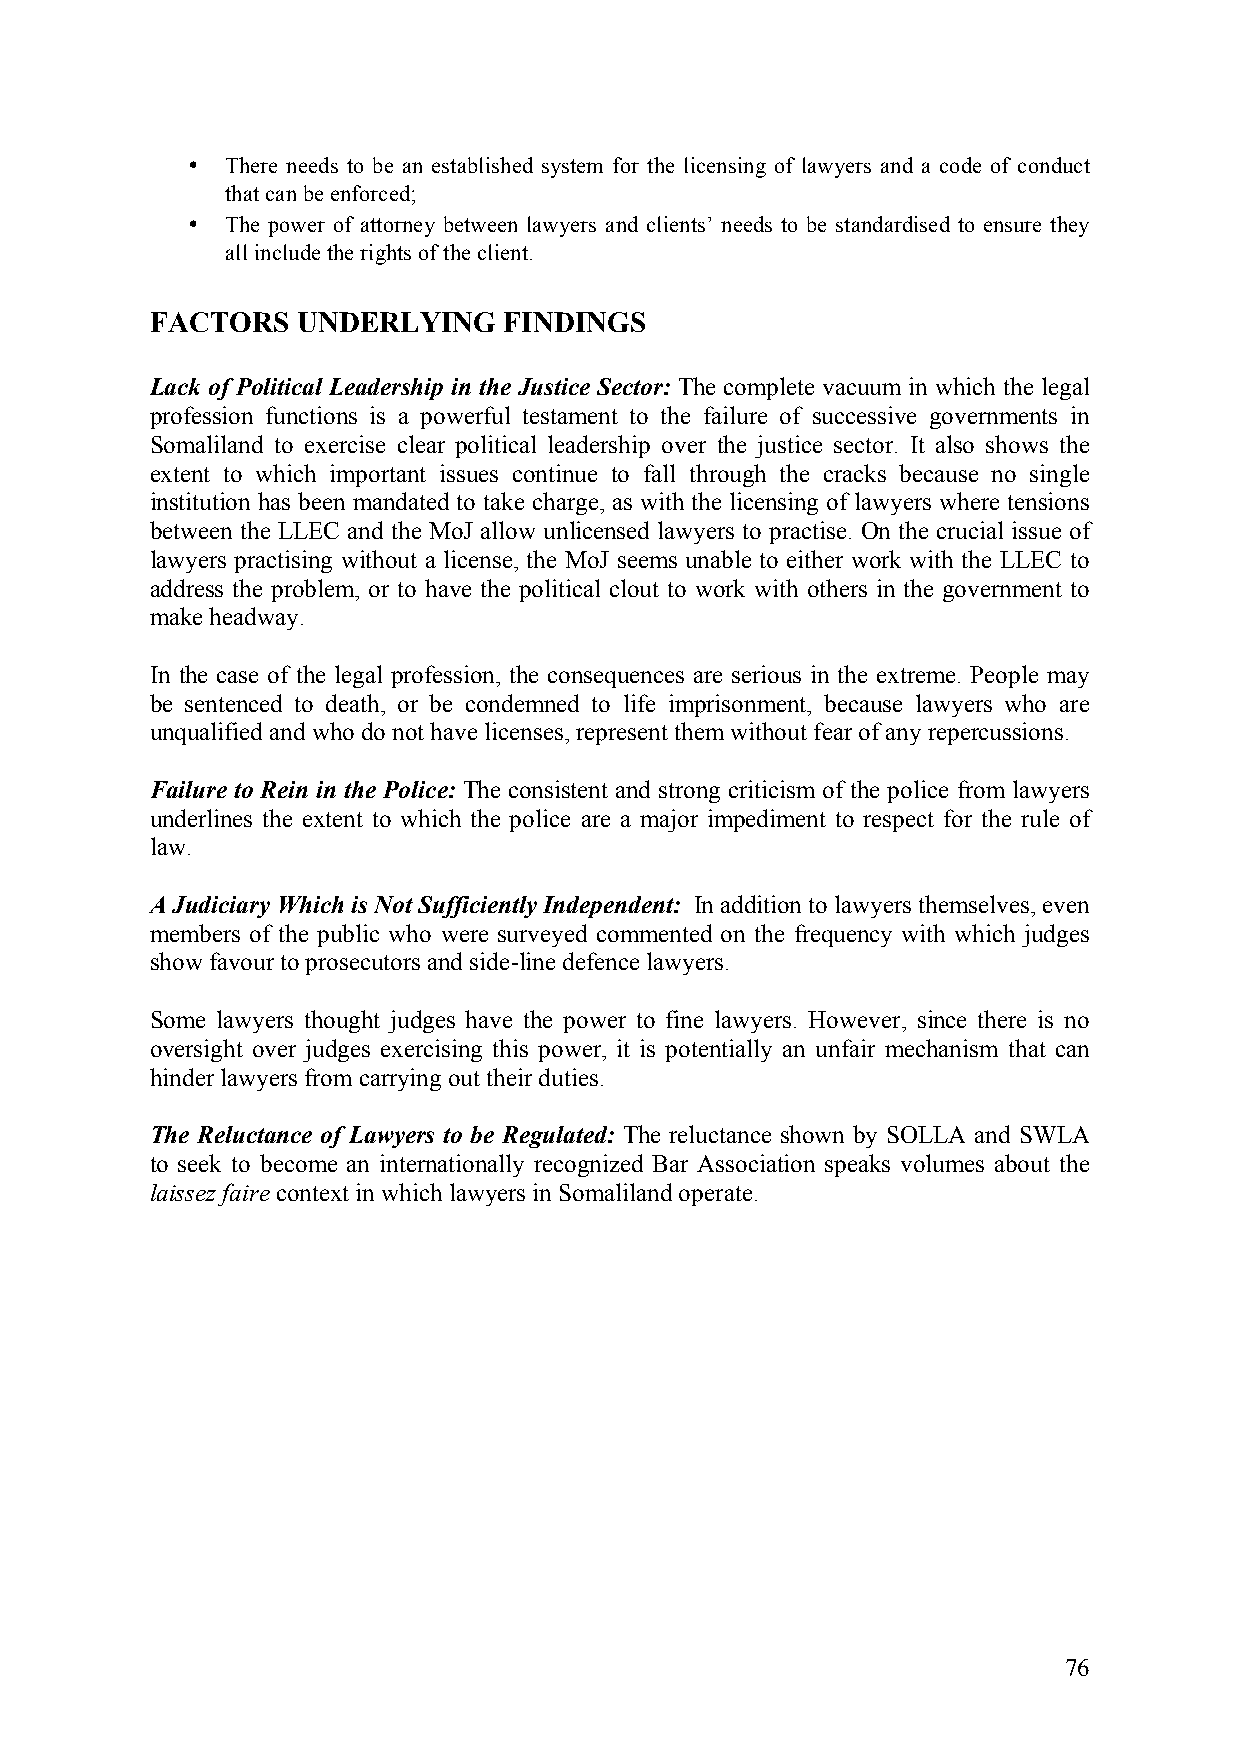
•  There needs to be an established system for the licensing of lawyers and a code of conduct
 that can be enforced;
 •  The power of attorney between lawyers and clients’ needs to be standardised to ensure they
 all include the rights of the client.
 FACTORS   UNDERLYING   FINDINGS
 Lack of Political Leadership in the Justice Sector: The complete vacuum in which the legal
 profession functions is a powerful testament to the failure of successive governments in
 Somaliland to exercise clear political leadership over the justice sector. It also shows the
 extent to which important issues continue to fall through the cracks because no single
 institution has been mandated to take charge, as with the licensing of lawyers where tensions
 between the LLEC and the MoJ allow unlicensed lawyers to practise. On the crucial issue of
 lawyers practising without a license, the MoJ seems unable to either work with the LLEC to
 address the problem, or to have the political clout to work with others in the government to
 make headway.
 In the case of the legal profession, the consequences are serious in the extreme. People may
 be sentenced to death, or be condemned to life imprisonment, because lawyers who are
 unqualified and who do not have licenses, represent them without fear of any repercussions.
 Failure to Rein in the Police: The consistent and strong criticism of the police from lawyers
 underlines the extent to which the police are a major impediment to respect for the rule of
 law.
 A Judiciary Which is Not Sufficiently Independent: In addition to lawyers themselves, even
 members of the public who were surveyed commented on the frequency with which judges
 show favour to prosecutors and side-line defence lawyers.
 Some lawyers thought judges have the power to fine lawyers. However, since there is no
 oversight over judges exercising this power, it is potentially an unfair mechanism that can
 hinder lawyers from carrying out their duties.
 The Reluctance of Lawyers to be Regulated: The reluctance shown by SOLLA and SWLA
 to seek to become an internationally recognized Bar Association speaks volumes about the
 laissez faire context in which lawyers in Somaliland operate.
 76